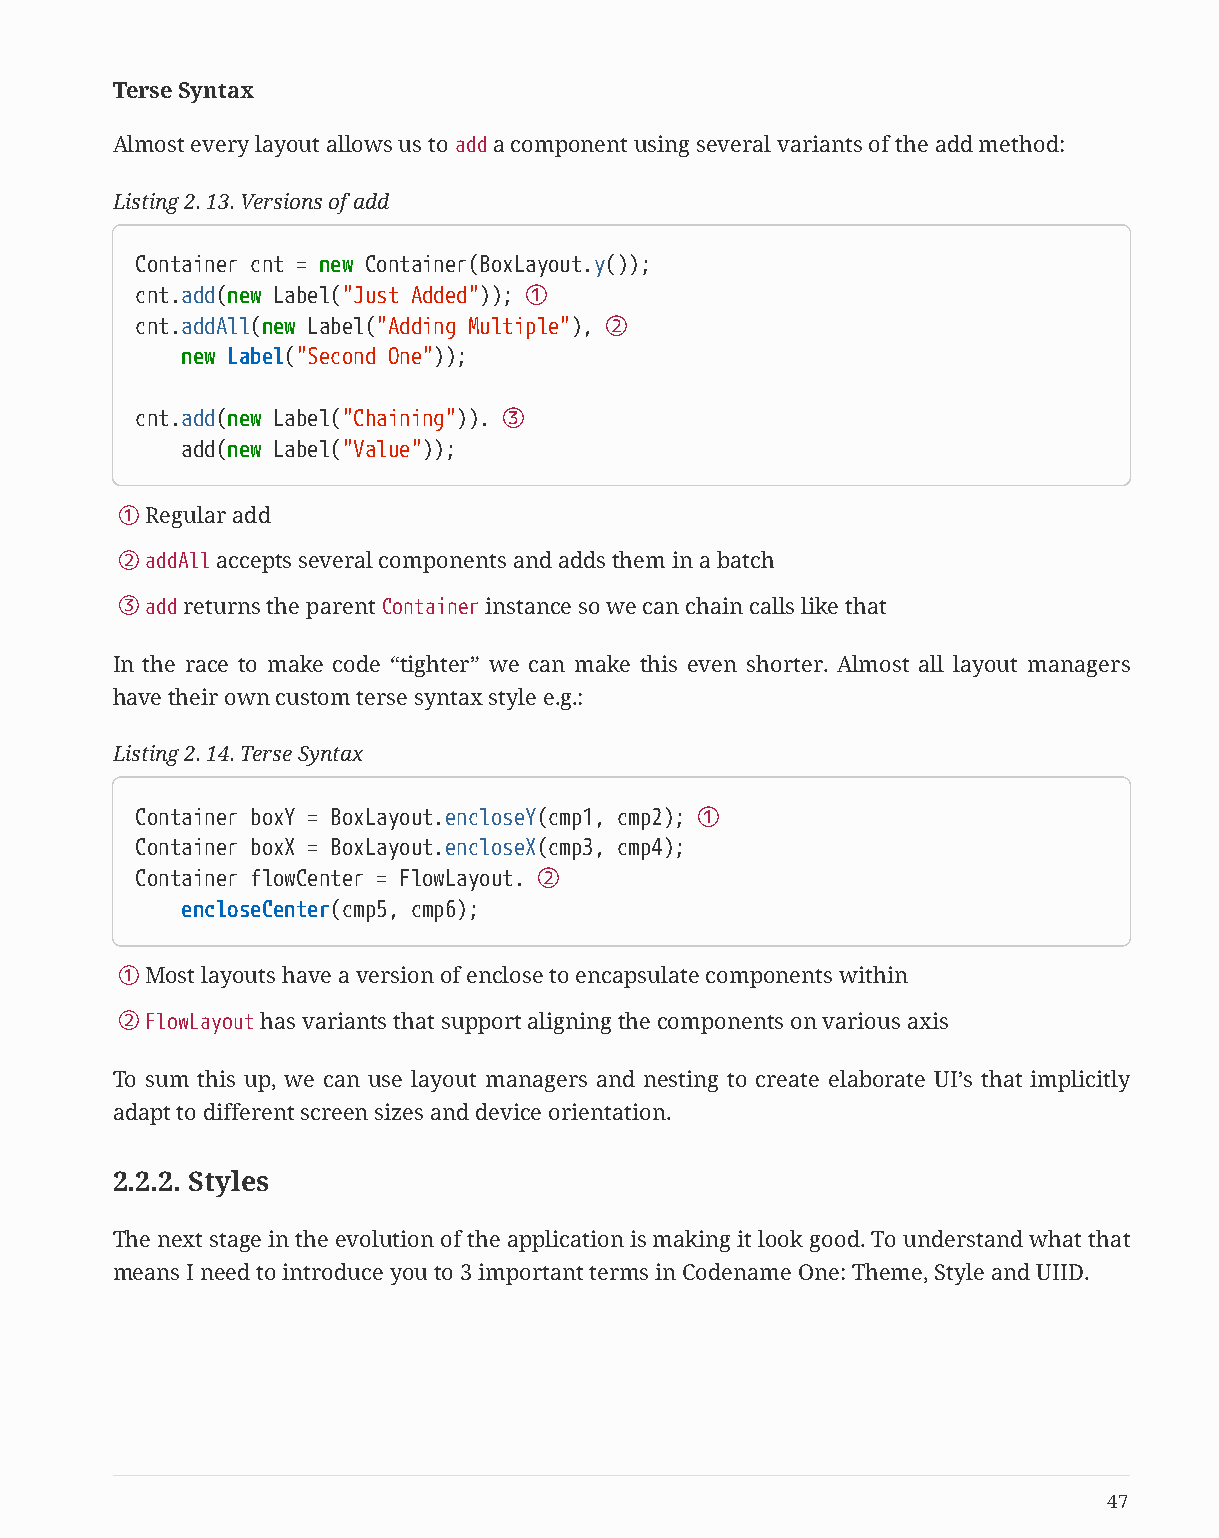
Terse Syntax
 Almost every layout allows us to add a component using several variants of the add method:
 Listing 2. 13. Versions of add
 Container cnt = new Container(BoxLayout.y());
 cnt.add(new Label("Just Added")); ①
 cnt.addAll(new Label("Adding Multiple"), ②
 new Label("Second One"));
 cnt.add(new Label("Chaining")). ③
 add(new Label("Value"));
 ①Regular add
 ②addAll accepts several components and adds them in a batch
 ③add returns the parent Container instance so we can chain calls like that
 In the race to make code “tighter” we can make this even shorter. Almost all layout managers
 have their own custom terse syntax style e.g.:
 Listing 2. 14. Terse Syntax
 Container boxY = BoxLayout.encloseY(cmp1, cmp2); ①
 Container boxX = BoxLayout.encloseX(cmp3, cmp4);
 Container flowCenter = FlowLayout. ②
 encloseCenter(cmp5, cmp6);
 ①Most layouts have a version of enclose to encapsulate components within
 ②FlowLayout has variants that support aligning the components on various axis
 To sum this up, we can use layout managers and nesting to create elaborate UI’s that implicitly
 adapt to different screen sizes and device orientation.
 2.2.2. Styles
 The next stage in the evolution of the application is making it look good. To understand what that
 means I need to introduce you to 3 important terms in Codename One: Theme, Style and UIID.
 47